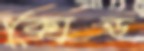
কোড